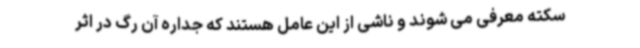
سکته معرفی می شوند و ناشی از این عامل هستند که جداره آن رگ در اثر